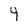
Character: 4